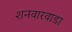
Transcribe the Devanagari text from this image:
शनवारवाडा